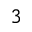
_ 3